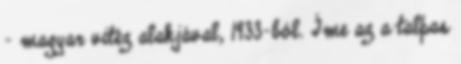
- magyar vitéz alakjával, 1933-ból. Íme az a talpas